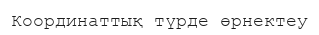
Координаттық түрде өрнектеу